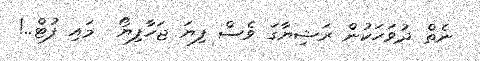
ނެތް ދުވަހަކުން ރަޝިޔާގަ ވެސް ފިޔަ ޖަހާފިޔޯ  މައި ފުޓް..!